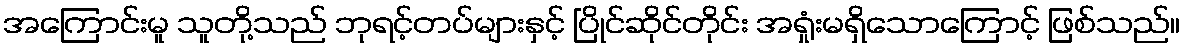
အကြောင်းမူ သူတို့သည် ဘုရင့်တပ်များနှင့် ပြိုင်ဆိုင်တိုင်း အရှုံးမရှိသောကြောင့် ဖြစ်သည်။